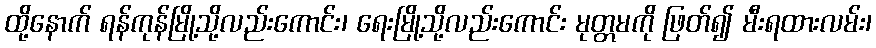
ထို့နောက် ရန်ကုန်မြို့သို့လည်းကောင်း၊ ရေးမြို့သို့လည်းကောင်း မုတ္တမကို ဖြတ်၍ မီးရထားလမ်း၊